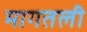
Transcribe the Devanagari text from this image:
मागतली